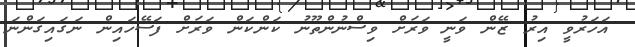
އަހަރުވީ އިރު ޒޭން ވަނީ ވަރަށް ވިސްނުންތޫނު ކަންކަން ވަރަށް ފަސޭހައިން ނަގައިގަންނަ